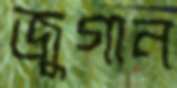
জুগান